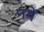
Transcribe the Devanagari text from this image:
नमें